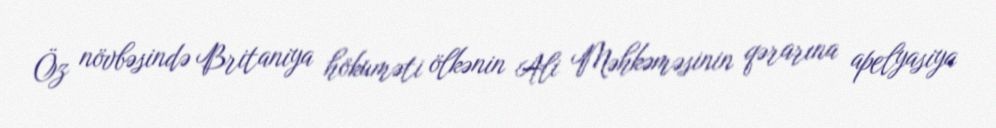
Öz növbəsində Britaniya hökuməti ölkənin Ali Məhkəməsinin qərarına apelyasiya